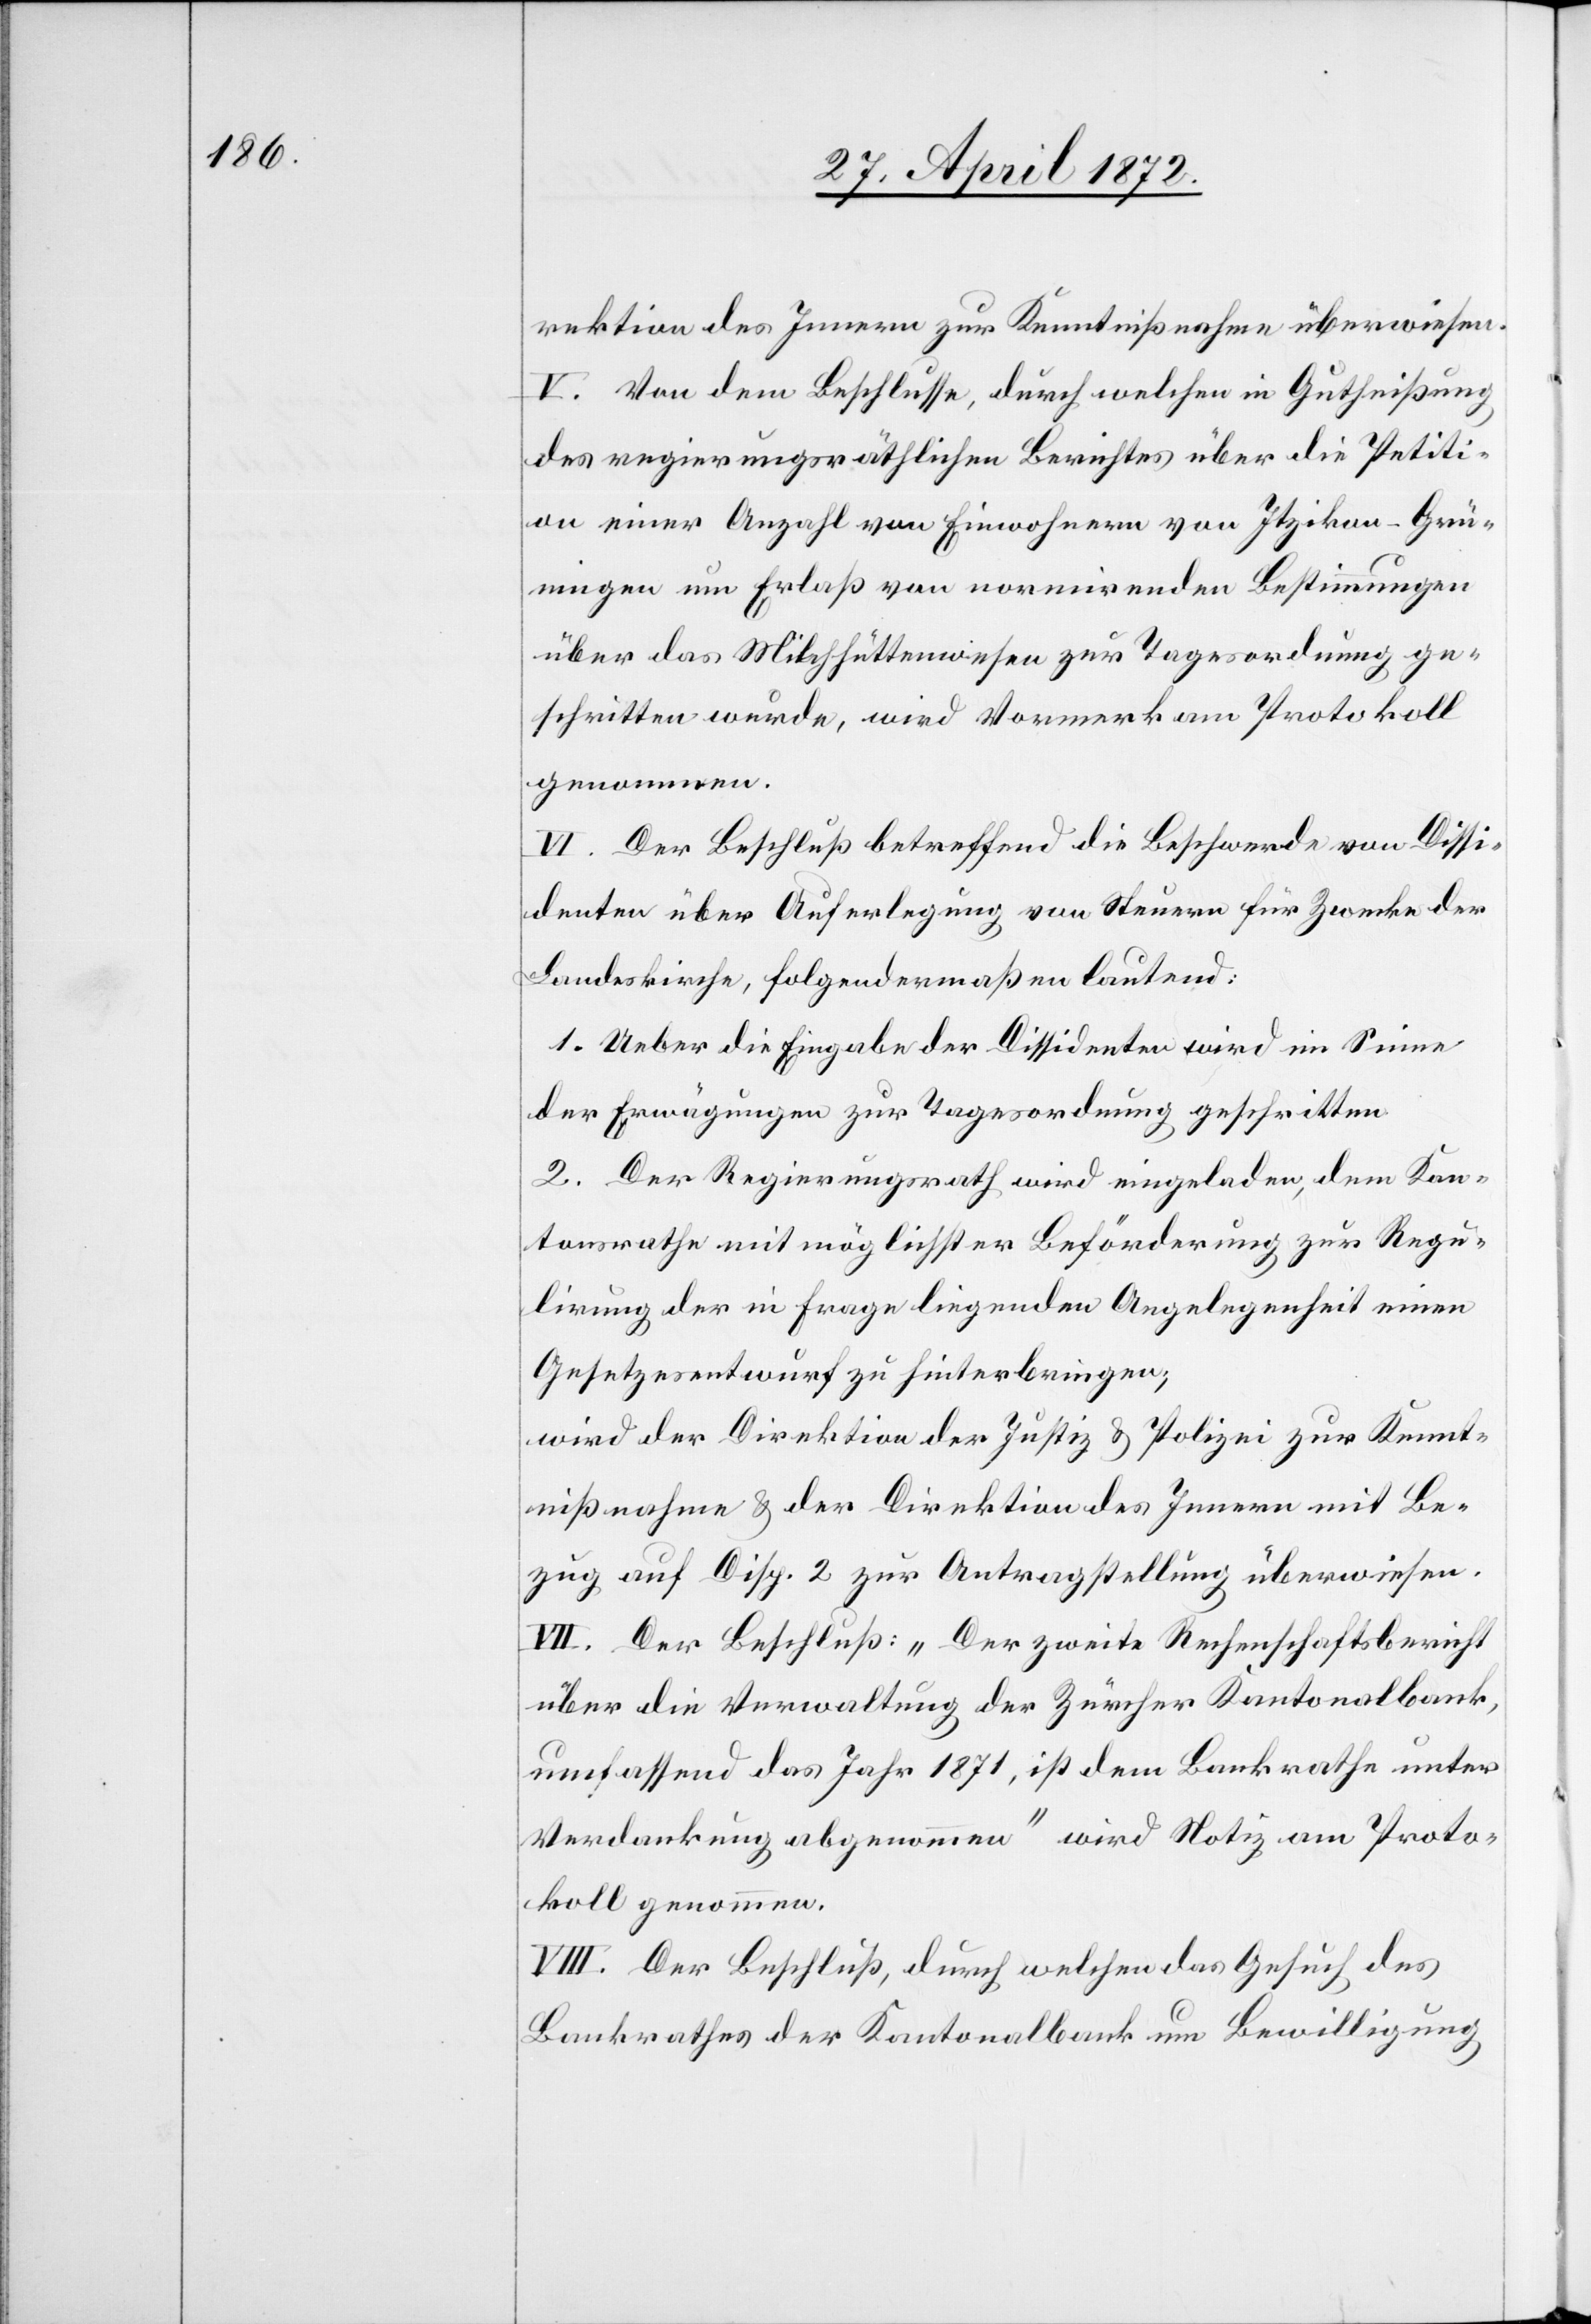
rektion des Innern zur Kenntnißnahme überwiesen.
V. Von dem Beschlusse, durch welchen in Gutheißung
des regierungsräthlichen Berichtes über die Petiti¬
on einer Anzahl von Einwohnern von Itzikon-Grü¬
ningen um Erlaß von normirenden Bestimmungen
über das Milchhüttenwesen zur Tagesordnung ge¬
schritten wurde, wird Vormerk am Protokoll
genommen.
VI. Der Beschluß betreffend die Beschwerde von Dissi¬
denten über Auferlegung von Steuern für Zwecke der
Landeskirche, folgendermaßen lautend:
1. Ueber die Eingabe der Dissidenten wird im Sinne
der Erwägungen zur Tagesordnung geschritten.
2. Der Regierungsrath wird eingeladen, dem Kan¬
tonsrathe mit möglichster Beförderung zur Regu¬
lirung der in Frage liegenden Angelegenheit einen
Gesetzesentwurf zu hinterbringen;
wird der Direktion der Justiz u. Polizei zur Kennt¬
nißnahme u. der Direktion des Innern mit Be¬
zug auf Disp. 2 zur Antragstellung überwiesen.
VII. Der Beschluß: „Der zweite Rechenschaftsbericht
über die Verwaltung der Zürcher Kantonalbank,
umfassend das Jahr 1871, ist dem Bankrathe unter
Verdankung abgenommen“ wird Notiz am Proto¬
koll genommen.
VIII. Der Beschluß, durch welchen das Gesuch des
Bankrathes der Kantonalbank um Bewilligung